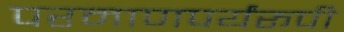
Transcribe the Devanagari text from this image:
परमाणपर्यंरूपी